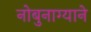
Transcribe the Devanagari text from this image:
नोबुनाग्याने